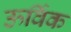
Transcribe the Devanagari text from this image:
ऊर्विक